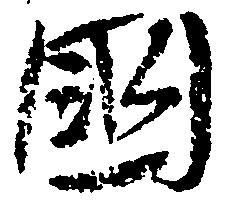
国